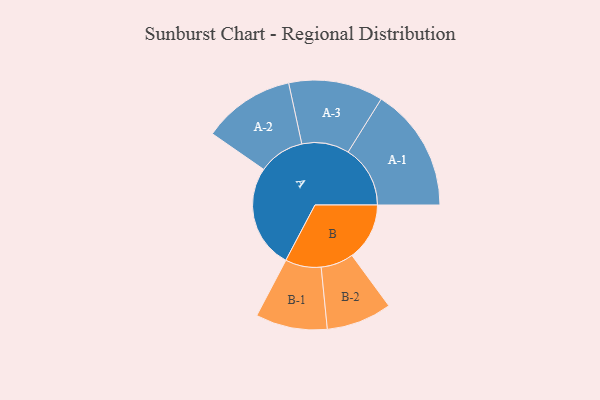
{"axis": {"x": "Segment", "y": "Value"}, "legend": ["", "A", "B"], "data": [{"x": "A", "y": 498, "type": ""}, {"x": "B", "y": 276, "type": ""}, {"x": "A-1", "y": 298, "type": "A"}, {"x": "A-2", "y": 221, "type": "A"}, {"x": "A-3", "y": 227, "type": "A"}, {"x": "B-1", "y": 172, "type": "B"}, {"x": "B-2", "y": 157, "type": "B"}]}